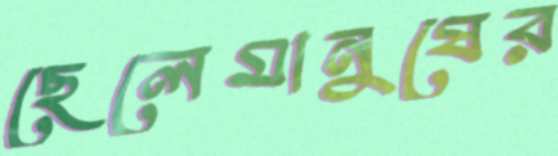
ছেলেমানুষের